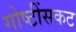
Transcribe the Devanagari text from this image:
गोष्टींसकट